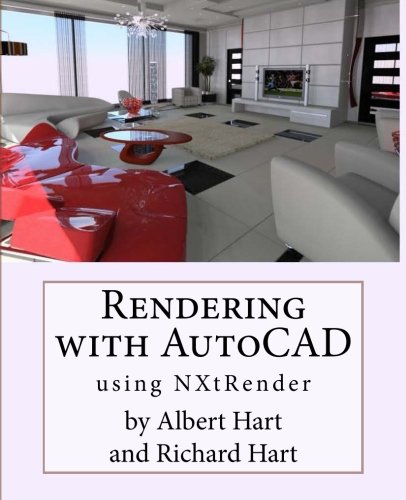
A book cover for Rendering with AutoCAD using nXtRender; Albert Hart; Computers & Technology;